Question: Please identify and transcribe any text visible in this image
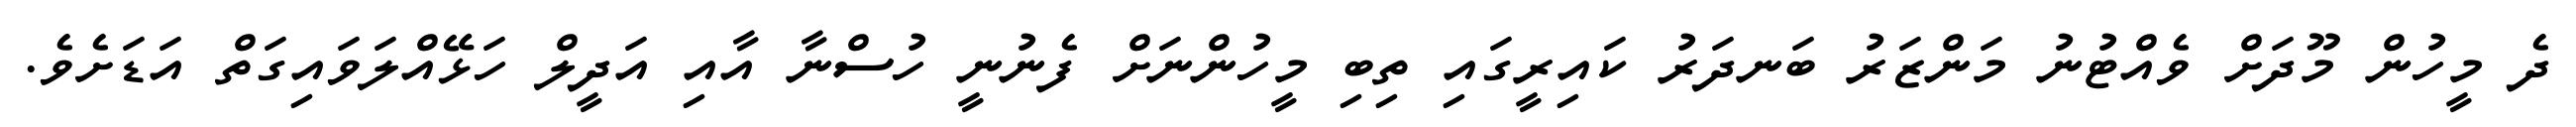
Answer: ދެ މީހުން މޫދަށް ވެއްޓުނު މަންޒަރު ބަނދަރު ކައިރީގައި ތިބި މީހުންނަށް ފެނުނީ ހުސްނާ އާއި އަދީލް ހަޅޭއްލަވައިގަތް އަޑަށެވެ.